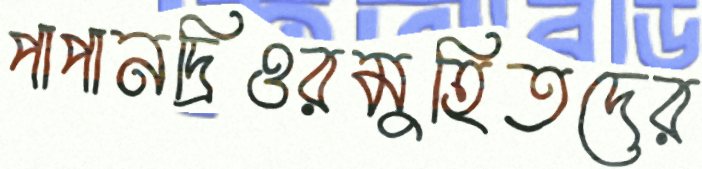
পাপানদ্রিওরমুহিতদের